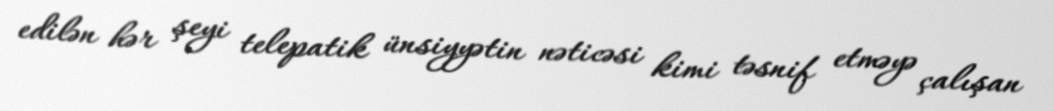
edilən hər şeyi telepatik ünsiyyətin nəticəsi kimi təsnif etməyə çalışan